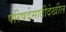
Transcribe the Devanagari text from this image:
परिषदेसाठीदेखील